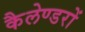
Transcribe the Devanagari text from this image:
कैलेण्डरों